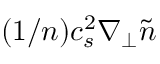
( 1 / n ) c _ { s } ^ { 2 } \nabla _ { \perp } \tilde { n }